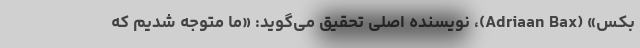
بکس» (Adriaan Bax)، نویسنده اصلی تحقیق می‌گوید: «ما متوجه شدیم که